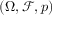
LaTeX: ( \Omega , { \mathcal { F } } , p )